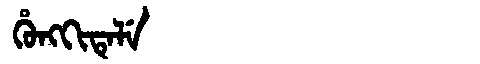
Manchu: ᡥᡠᠩᡴᡳᡨᡝᠯᡝ
Romanization: HUNGKITELE